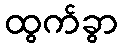
ထွက်ခွာ